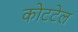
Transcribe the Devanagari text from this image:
कोटटेल